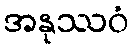
အနုဿဝံ